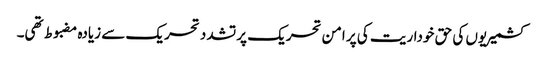
کشمیریوں کی حق خوداریت کی پر امن تحریک پر تشدد تحریک سے زیادہ مضبوط تھی۔